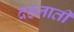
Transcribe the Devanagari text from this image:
दहलाती